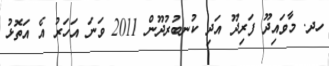
ހދ. މާވައިދޫ ފަރިދޫ އަދި ކުނބުރުދޫން 2011 ވަނަ އަހަރު އެ އަތޮޅު